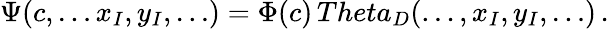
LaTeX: \Psi(c,\dots x_{I},y_{I},\dots)=\Phi(c)\, Theta_{D}(\dots,x_{I},y_{I},\dots)\, .